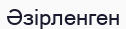
Әзірленген